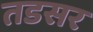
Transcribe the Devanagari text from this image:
तडसर